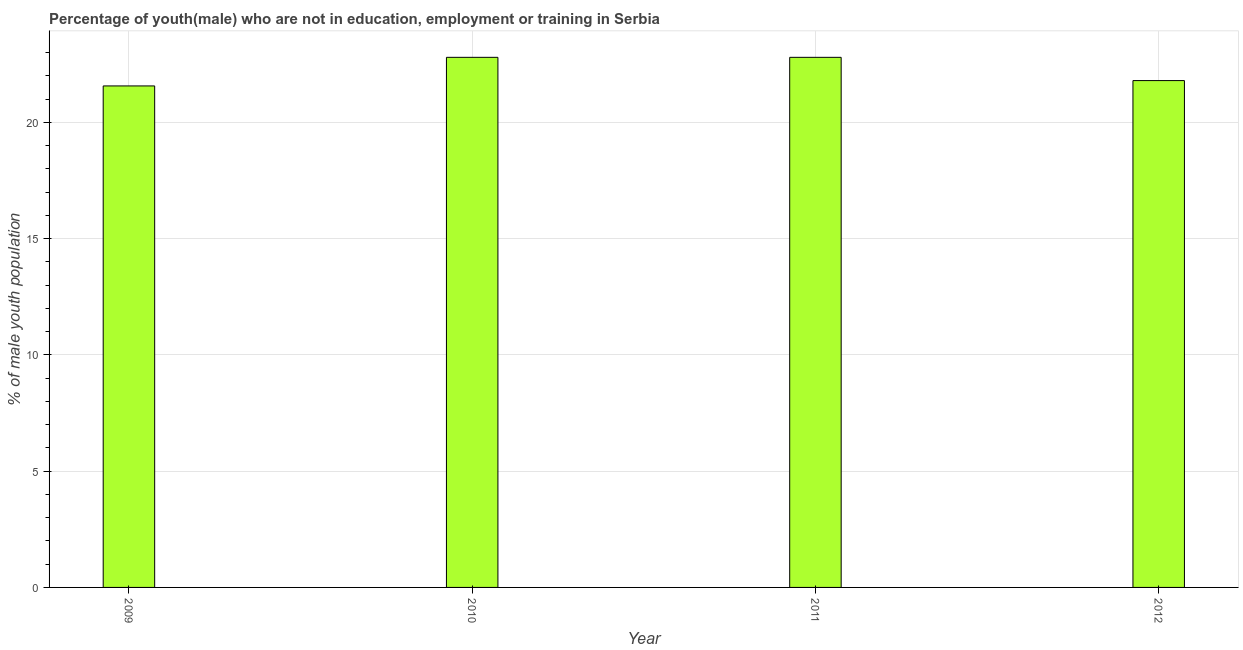
| Year | Unemployed(male) |
 | --- | --- |
 | 2009 | 21.6 |
 | 2010 | 22.8 |
 | 2011 | 22.8 |
 | 2012 | 21.8 |